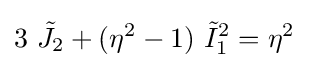
3~{\tilde {J}}_{2}+(\eta ^{2}-1)~{\tilde {I}}_{1}^{2}=\eta ^{2}